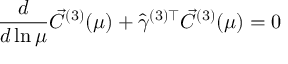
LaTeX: \frac { d } { d \ln \mu } \vec { C } ^ { ( 3 ) } ( \mu ) + \hat { \gamma } ^ { ( 3 ) \top } \vec { C } ^ { ( 3 ) } ( \mu ) = 0